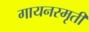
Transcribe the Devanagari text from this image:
गायनस्मृती